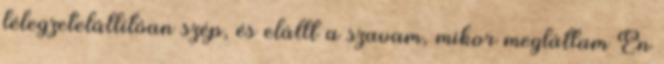
lélegzetelállítóan szép, és elállt a szavam, mikor megláttam Én